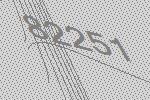
82251